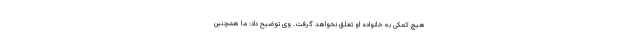
هیچ کمکی به خانواده او تعلق نخواهد گرفت. وی توضیح داد: ما همچنین